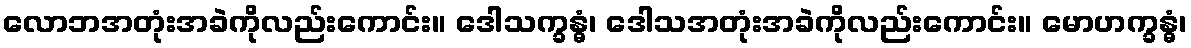
လောဘအတုံးအခဲကိုလည်းကောင်း။ ဒေါသက္ခန္ဓံ၊ ဒေါသအတုံးအခဲကိုလည်းကောင်း။ မောဟက္ခန္ဓံ၊